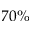
7 0 \%